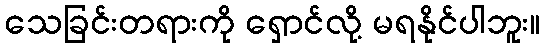
သေခြင်းတရားကို ရှောင်လို့ မရနိုင်ပါဘူး။